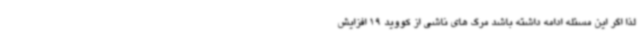
لذا اگر این مسئله ادامه داشته باشد مرگ های ناشی از کووید 19 افزایش‌